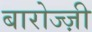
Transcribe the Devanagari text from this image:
बारोज्ज़ी